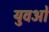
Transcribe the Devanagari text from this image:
युवओं